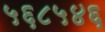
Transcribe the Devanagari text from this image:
५६८५४६